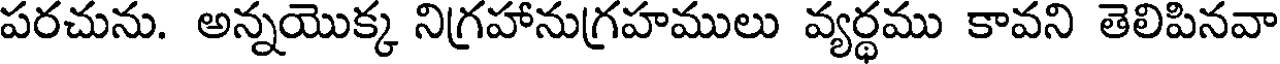
పరచును. అన్నయొక్క నిగ్రహానుగ్రహములు వ్యర్థము కావని తెలిపినవా